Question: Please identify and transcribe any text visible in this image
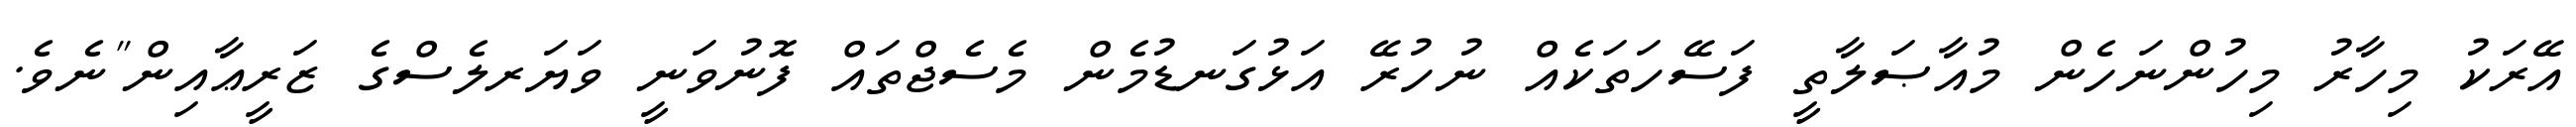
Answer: އޭރަކު މިހާރު މިހުންނަހެން މުއާޞަލާތީ ފަސޭހަތަކެއް ނުހުރޭ އަޅުގަނޑުމެން މެސެޖްތައް ފޮނުވަނީ ވަޔަރލެސްގެ ޒަރީޢާއިން"ނެވެ.